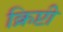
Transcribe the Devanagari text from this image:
क्रिप्टी